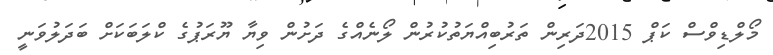
މޯލްޑިވްސް ކަޕް 2015ދަރިން ތަރުބިއްޔަތުކުރުން ލޯނެއްގެ ދަށުން ވިޔާ ޔޫރަޕުގެ ކްލަބަކަށް ބަދަލުވަނީ